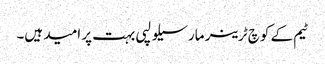
ٹیم کے کوچ ٹرینر مارسیلو لپی بہت پر امید ہیں۔